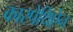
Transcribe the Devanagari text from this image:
कारपेथिऐन